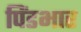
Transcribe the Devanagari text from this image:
पिंडभार